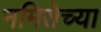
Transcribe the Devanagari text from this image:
नमितेच्या